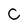
Character: C